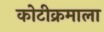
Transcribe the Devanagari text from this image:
कोटीक्रमाला